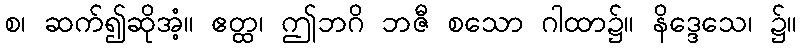
စ၊ ဆက်၍ဆိုအံ့။ ဧတ္ထ၊ ဤဘဂိ ဘဇီ စသော ဂါထာ၌။ နိဒ္ဒေသေ၊ ၌။